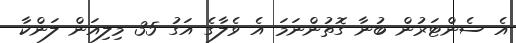
އެ ސެންޓަރުން ބުނާ ގޮތުންނަމަ އެ ވެލާގެ އަގު 35 މިލިއަން ލަންކާ